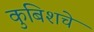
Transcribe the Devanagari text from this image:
कुबिशचे